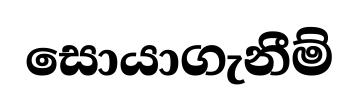
සොයාගැනීම්